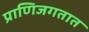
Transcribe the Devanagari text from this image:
प्राणिजगतात